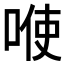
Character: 𭈓